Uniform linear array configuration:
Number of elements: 4
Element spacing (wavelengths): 1
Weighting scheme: cosine
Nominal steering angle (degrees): -30
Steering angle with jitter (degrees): -30.143
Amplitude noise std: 0.05
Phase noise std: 0.05

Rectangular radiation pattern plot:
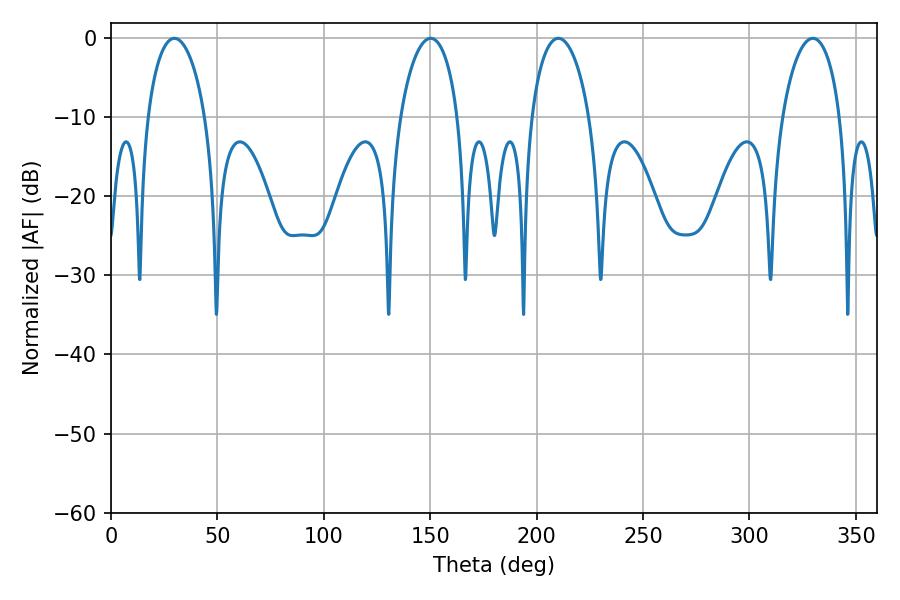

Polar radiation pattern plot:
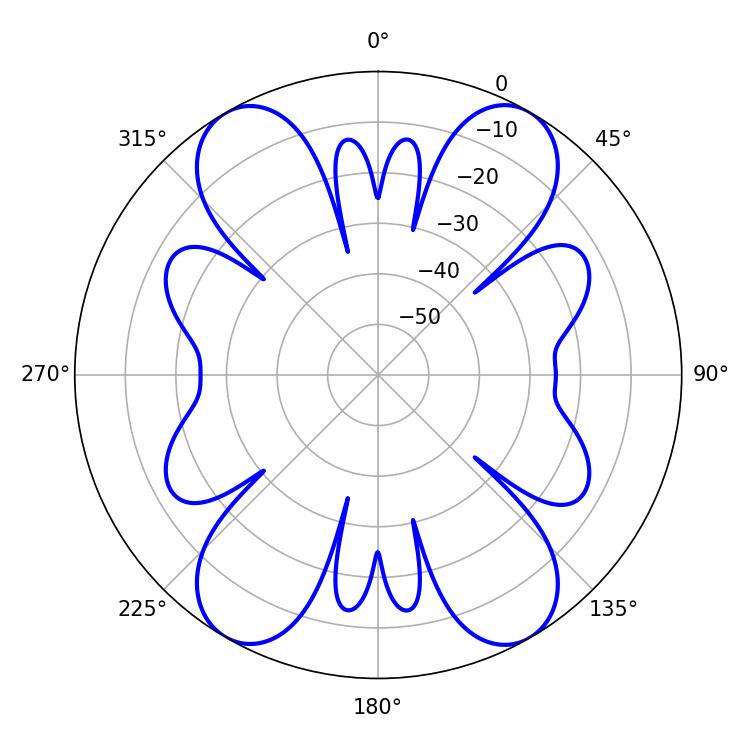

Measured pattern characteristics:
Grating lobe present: TRUE
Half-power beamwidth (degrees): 15.66
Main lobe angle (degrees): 210.24